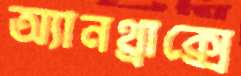
অ্যানথ্রাক্সে